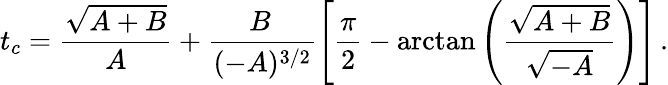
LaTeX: t_{c}=\frac{\sqrt{A+B}}{A}+\frac{B\, }{(-A)^{3/2}}\left[\frac{\pi}{2}-\mathrm{arctan}\left(\frac{\sqrt{A+B}}{\sqrt{-A}}\right)\right]\, .